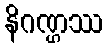
နိဂဏ္ဌဿ